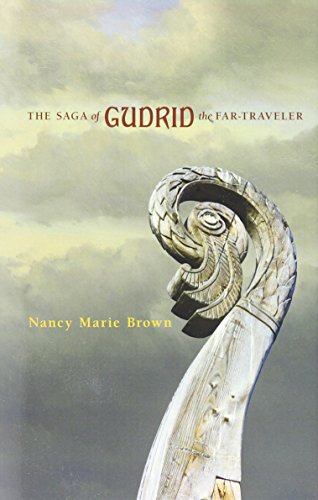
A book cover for The Saga of Gudrid the Far-Traveler; Nancy Marie Brown; Teen & Young Adult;